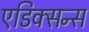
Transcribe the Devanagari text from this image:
एडिक्सन्स